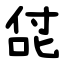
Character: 㖚